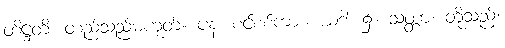
တိဋ္ဌတိ၊ တည်သည်မဟုတ်။ ပန၊ စင်စစ်ကား။ ယဒါ၊ ၌။ သတ္တာ၊ တို့သည်။